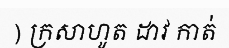
) ក្រសាហូត ដាវ កាត់